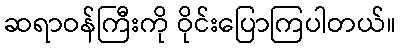
ဆရာဝန်ကြီးကို ဝိုင်းပြောကြပါတယ်။